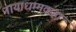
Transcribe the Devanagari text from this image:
नायाधम्मकहा